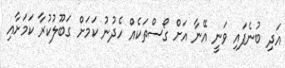
އަދި ބުނެފައި ވަނީ އޭނާ އަށް ގޯސްތަކެއް ހެދުނު ކަމަށް ގަބޫލުކުރާ ކަމަށާއި